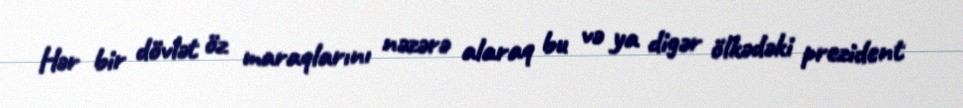
Hər bir dövlət öz maraqlarını nəzərə alaraq bu və ya digər ölkədəki prezident